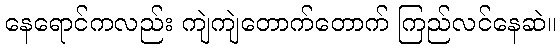
နေရောင်ကလည်း ကျဲကျဲတောက်တောက် ကြည်လင်နေဆဲ။